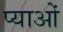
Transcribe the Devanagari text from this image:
प्याओं